Eesti_Rahvusfond, lk 31
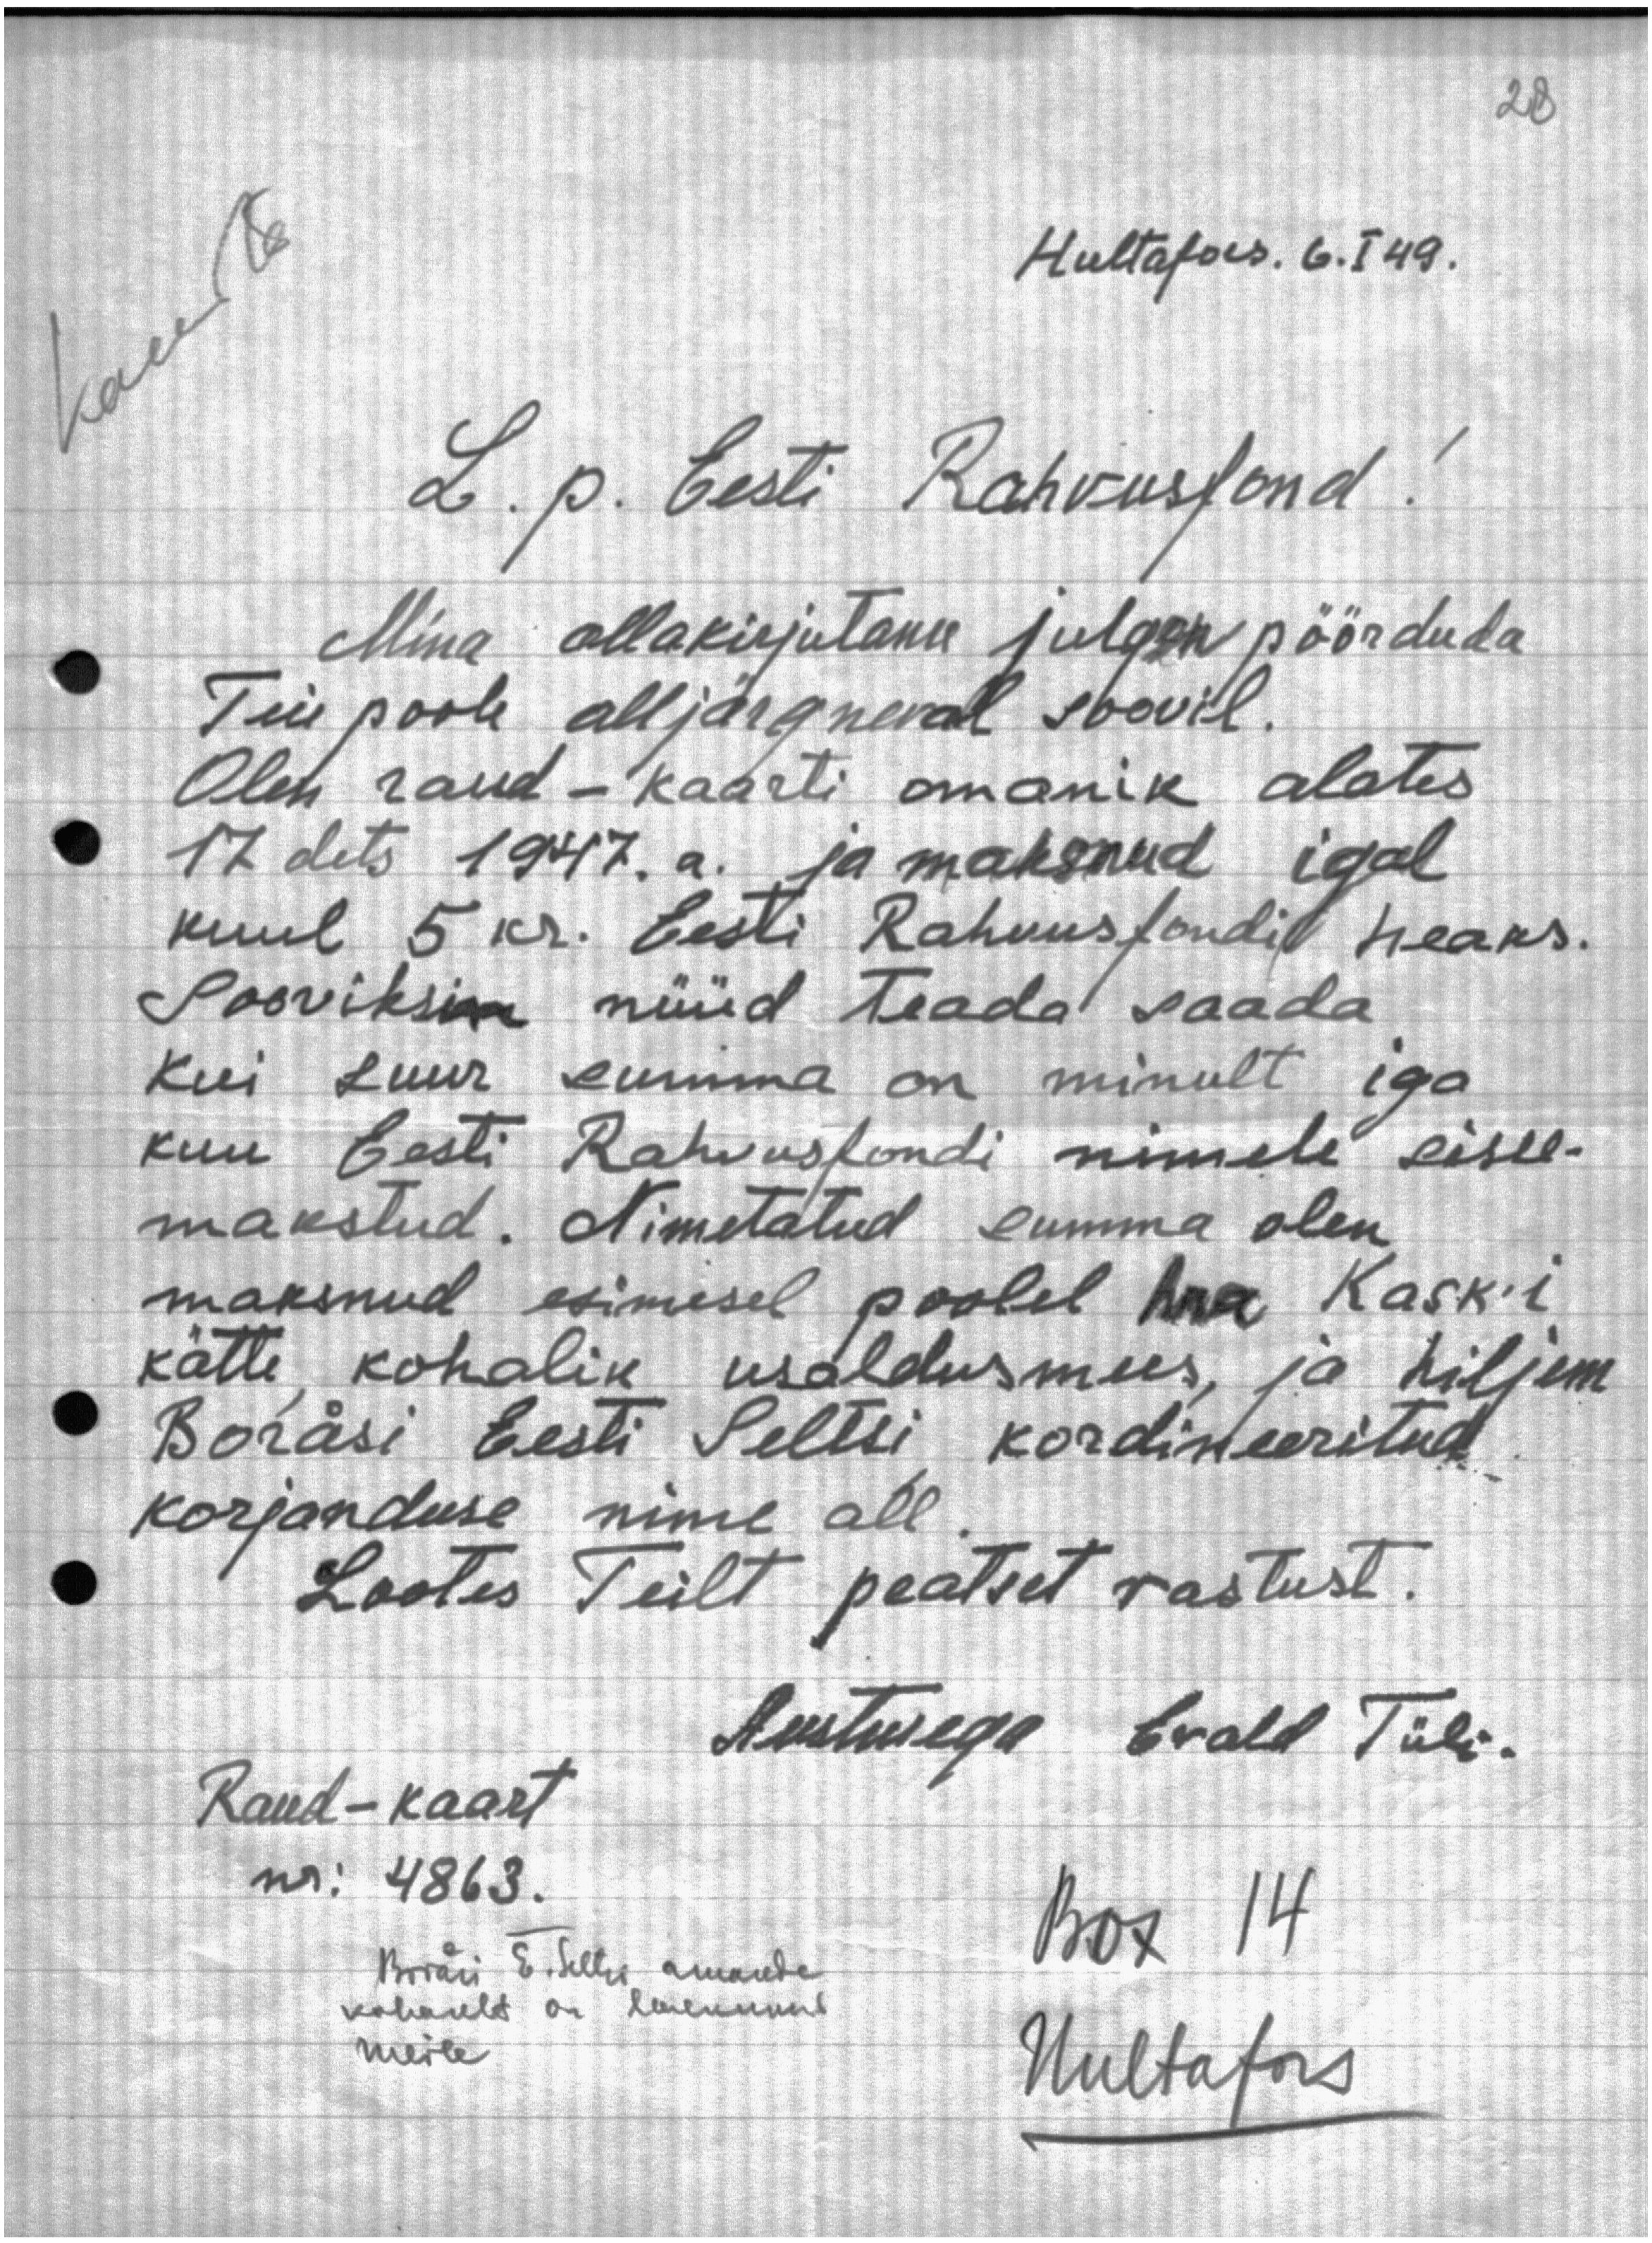
Hultafors. 6.I 49.
L. p. Eesti Rahvusfond.
Mina allakirjutanu julgen pöörduda
Teie poole alljärgneval soovil.
Olen raud - kaarti omanik alates
17 dets 1947. a. ja maksnud igal
kuul 5 kr. Eesti Rahuusfondil heaks.
Sooviksin nüüd teada saada
Kui suur summa on minult iga
kuu Eesti Rahvusfondi nimele sisse-
makstud. Nimetatud summa olen
maksnud esimesel poolel hra Kask'i
kätte kohalik usaldusmees, ja hiljem
Borasi Eesti Seltsi kordineeritud
korjanduse nime all.
Lootes Teilt peatset vastust.
Austusega Evald Tüli.
Raud-kaart
nr: 4863.
Borasi E. Seltsi aruande
Box 14
kohaselt on laekunud
meile
Uultafors